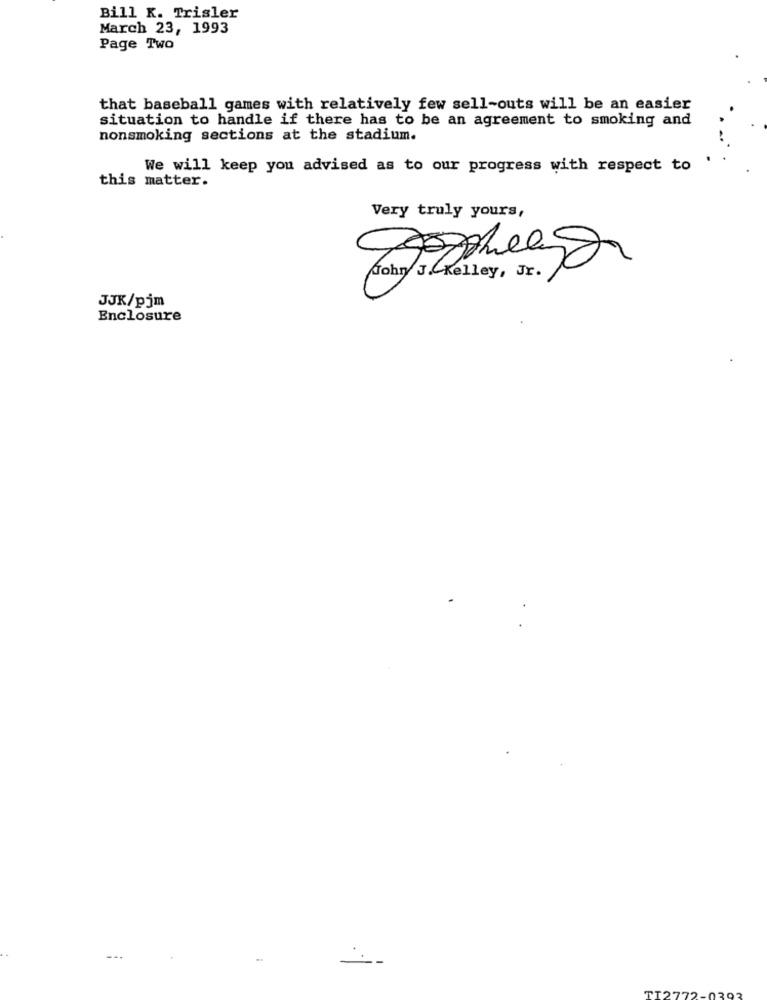
Bill K. Trisler
March 23, 1993
Page Two
that baseball games with relatively few sell-outs will be an easier
situation to handle if there has to be an agreement to smoking and
nonsmoking sections at the stadium.
We will keep you advised as to our progress with respect to
this matter.
Very truly yours,
John J.CKelley, Jr.
JJK/pjm
Enclosure
030
TI2772